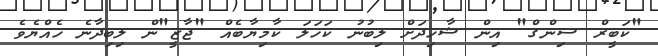
"ކަބީރް ސިންގް" އިން ޝާހިދަށް ލިބުނު ކަހަލަ ކާމިޔާބެއް "ޖާޒީ"ން ލިބިދާނެ ހެއްޔެވެ